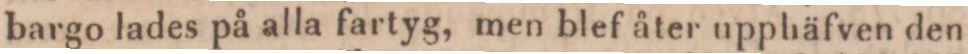
bargo lades på alla fartyg, men blef åter upphäfven den